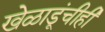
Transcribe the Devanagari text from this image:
खेळाडूंचीही